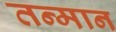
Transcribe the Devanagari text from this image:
तन्मान